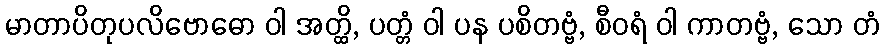
မာတာပိတုပလိဗောဓော ဝါ အတ္ထိ, ပတ္တံ ဝါ ပန ပစိတဗ္ဗံ, စီဝရံ ဝါ ကာတဗ္ဗံ, သော တံ